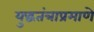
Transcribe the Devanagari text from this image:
युद्धतंत्राप्रमाणे